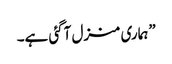
”ہماری منزل آگئی ہے۔